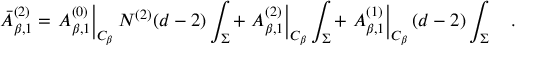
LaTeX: \bar { A } _ { \beta , 1 } ^ { ( 2 ) } = \left. A _ { \beta , 1 } ^ { ( 0 ) } \right| _ { { \cal C } _ { \beta } } N ^ { ( 2 ) } ( d - 2 ) \int _ { \Sigma } + \left. A _ { \beta , 1 } ^ { ( 2 ) } \right| _ { { \cal C } _ { \beta } } \int _ { \Sigma } + \left. A _ { \beta , 1 } ^ { ( 1 ) } \right| _ { { \cal C } _ { \beta } } ( d - 2 ) \int _ { \Sigma } ~ ~ ~ .